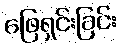
ဖြေရှင်းခြင်း